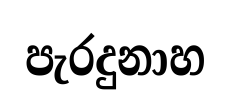
පැරදුනාහ